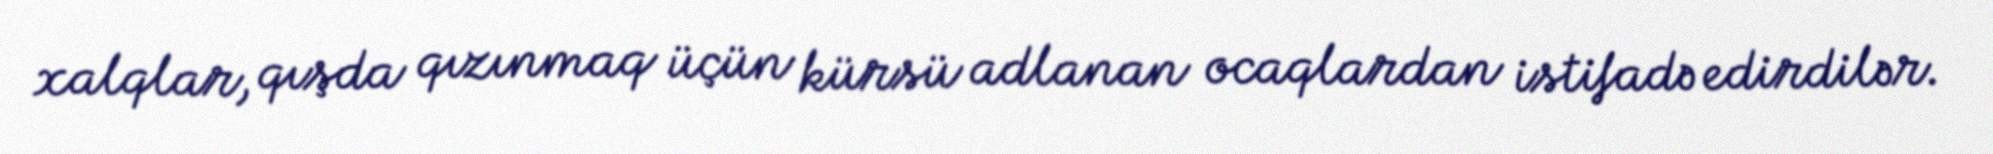
xalqlar, qışda qızınmaq üçün kürsü adlanan ocaqlardan istifadə edirdilər.